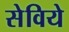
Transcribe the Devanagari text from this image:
सेविये